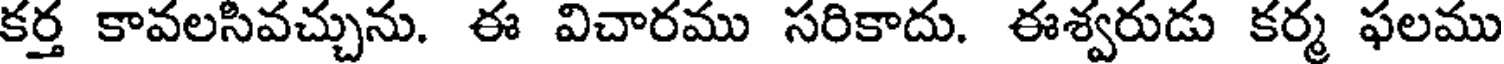
కర్త కావలసివచ్చును. ఈ విచారము సరికాదు. ఈశ్వరుడు కర్మ ఫలము